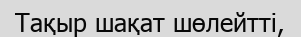
Тақыр шақат шөлейтті,